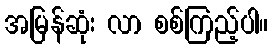
အမြန်ဆုံး လာ စစ်ကြည့်ပါ။